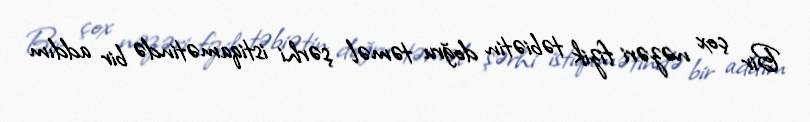
Bir çox nəzəri fizik təbiətin doğru təməl şərhi istiqamətində bir addım